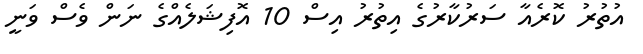
އުތުރު ކޮރެއާ ސަރުކާރުގެ އިތުރު އިސް 10 އޮފިޝަލެއްގެ ނަން ވެސް ވަނީ